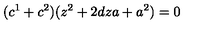
( c ^ { 1 } + c ^ { 2 } ) ( z ^ { 2 } + 2 d z a + a ^ { 2 } ) = 0